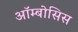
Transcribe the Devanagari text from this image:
ऑम्बोसिस